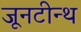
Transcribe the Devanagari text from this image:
जूनटीन्थ